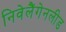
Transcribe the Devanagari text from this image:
निवेलैंगेनलीड